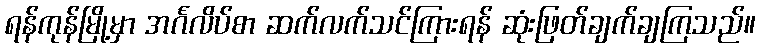
ရန်ကုန်မြို့မှာ အင်္ဂလိပ်စာ ဆက်လက်သင်ကြားရန် ဆုံးဖြတ်ချက်ချကြသည်။